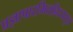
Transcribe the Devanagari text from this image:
प्रज्ञापारमितह्रिदयसूत्र